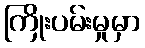
ကြိုးပမ်းမှုမှာ